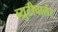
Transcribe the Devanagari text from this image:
ब्युटीपार्लर